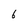
Character: 6